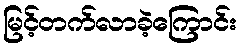
မြင့်တက်လာခဲ့ကြောင်း